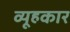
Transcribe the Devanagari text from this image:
व्यूहकार